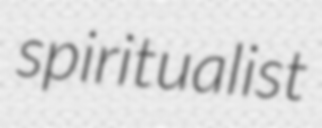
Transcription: spiritualist